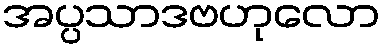
အပ္ပသာဒဗဟုလော